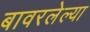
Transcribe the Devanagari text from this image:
बावरलेल्या